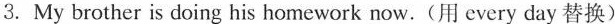
3.My brother is doing his homework now.(用 every day 替换)